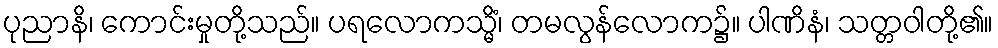
ပုညာနိ၊ ကောင်းမှုတို့သည်။ ပရလောကသ္မိံ၊ တမလွန်လောက၌။ ပါဏိနံ၊ သတ္တဝါတို့၏။